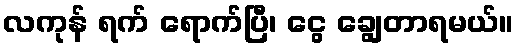
လကုန် ရက် ရောက်ပြီ၊ ငွေ ချွေတာရမယ်။